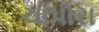
ચાપોરા